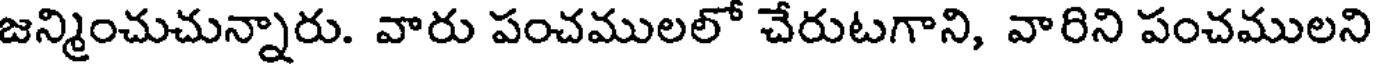
జన్మించుచున్నారు. వారు పంచములలో చేరుటగాని, వారిని పంచములని